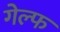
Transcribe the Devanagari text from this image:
गेल्फ